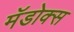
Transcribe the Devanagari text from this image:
मॅडोक्स